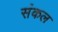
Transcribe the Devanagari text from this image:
संकल